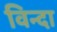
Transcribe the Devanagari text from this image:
विन्दा